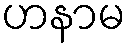
ဟနာမ